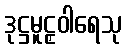
ဒုဋ္ဌမူဠှဝါရေသု